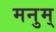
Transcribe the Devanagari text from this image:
मनुम्‌